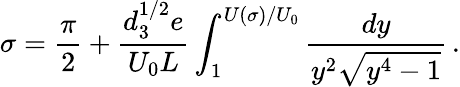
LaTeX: \sigma={\frac{\pi}{2}}+\frac{d_{3}^{1/2}e}{U_{0}L}\int_{1}^{U(\sigma)/U_{0}}\frac{dy}{y^{2}\sqrt{y^{4}-1}}\, .